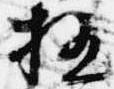
極